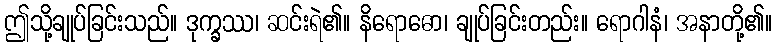
ဤသို့ချုပ်ခြင်းသည်။ ဒုက္ခဿ၊ ဆင်းရဲ၏။ နိရောဓော၊ ချုပ်ခြင်းတည်း။ ရောဂါနံ၊ အနာတို့၏။